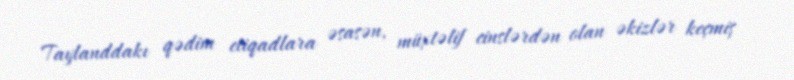
Taylanddakı qədim etiqadlara əsasən, müxtəlif cinslərdən olan əkizlər keçmiş